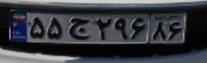
۵۵ج۲۹۶۸۶